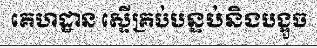
គេហដ្ឋាន ស្ទើគ្រប់បន្ទប់និងបង្អួច